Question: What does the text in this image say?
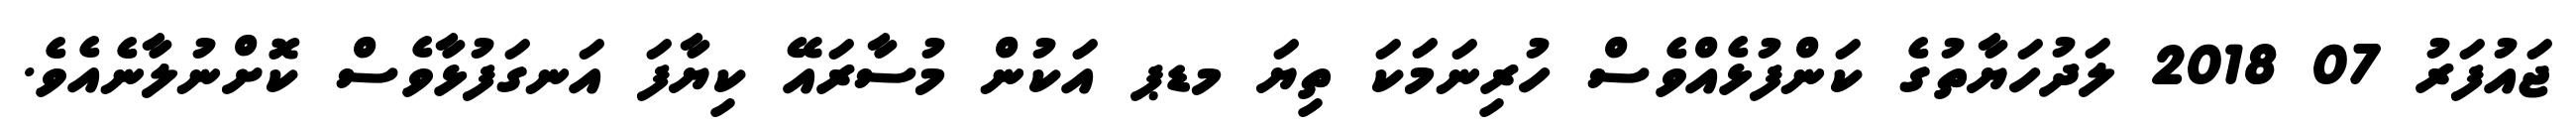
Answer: ޖައުފަރު 07 2018 ލަދުހަޔާތުގެ ކަންފުޅެއްވެސް ހުރިނަމަކަ ތިޔަ މޑޕ އަކުން މުސާރައޭ ކިޔާފަ އަނގަފުޅާވެސް ކޮށްނުލާނެއެވެ.